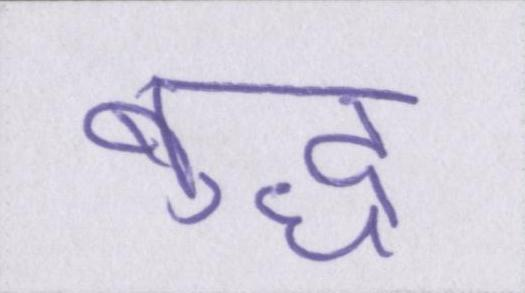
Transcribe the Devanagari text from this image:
बुद्ध